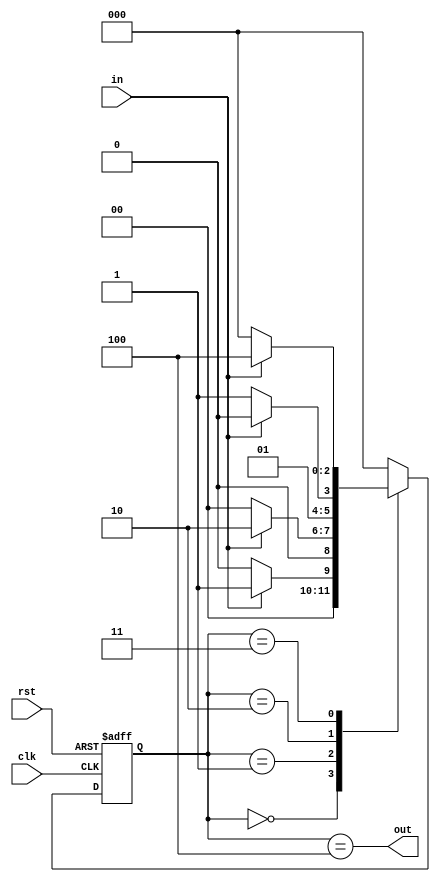
module fsm(
    input wire clk,
    input wire rst,
    input wire in,
    output wire out
);
// State encoding
parameter S0 = 3'b000;
parameter S1 = 3'b001;
parameter S2 = 3'b010;
parameter S3 = 3'b011;
parameter S4 = 3'b100;

// State registers
reg [2:0] state_reg;
reg [2:0] state_next;

// FSM States
always @(posedge clk or posedge rst) begin
    if(rst) state_reg <= S0;
    else state_reg <= state_next;
end

// Next state logic
always @(*) begin
    case(state_reg)
        S0: state_next = (in) ? S1 : S0;
        S1: state_next = (in) ? S2 : S0;
        S2: state_next = (in) ? S2 : S3;
        S3: state_next = (in) ? S4 : S0;
        S4: state_next = S0;
        default: state_next = S0;
    endcase
end

// Output logic
assign out = (state_reg == S4);

endmodule